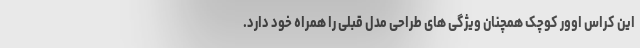
این کراس اوور کوچک همچنان ویژگی های طراحی مدل قبلی را همراه خود دارد.